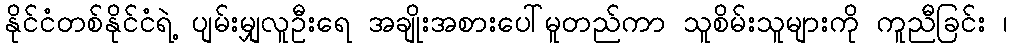
နိုင်ငံတစ်နိုင်ငံရဲ့ ပျမ်းမျှလူဦးရေ အချိုးအစားပေါ်မူတည်ကာ သူစိမ်းသူများကို ကူညီခြင်း ၊